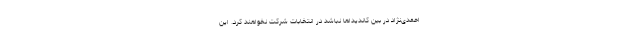
احمدی‌نژاد در بین کاندیداها نباشد در انتخابات شرکت نخواهند کرد. این